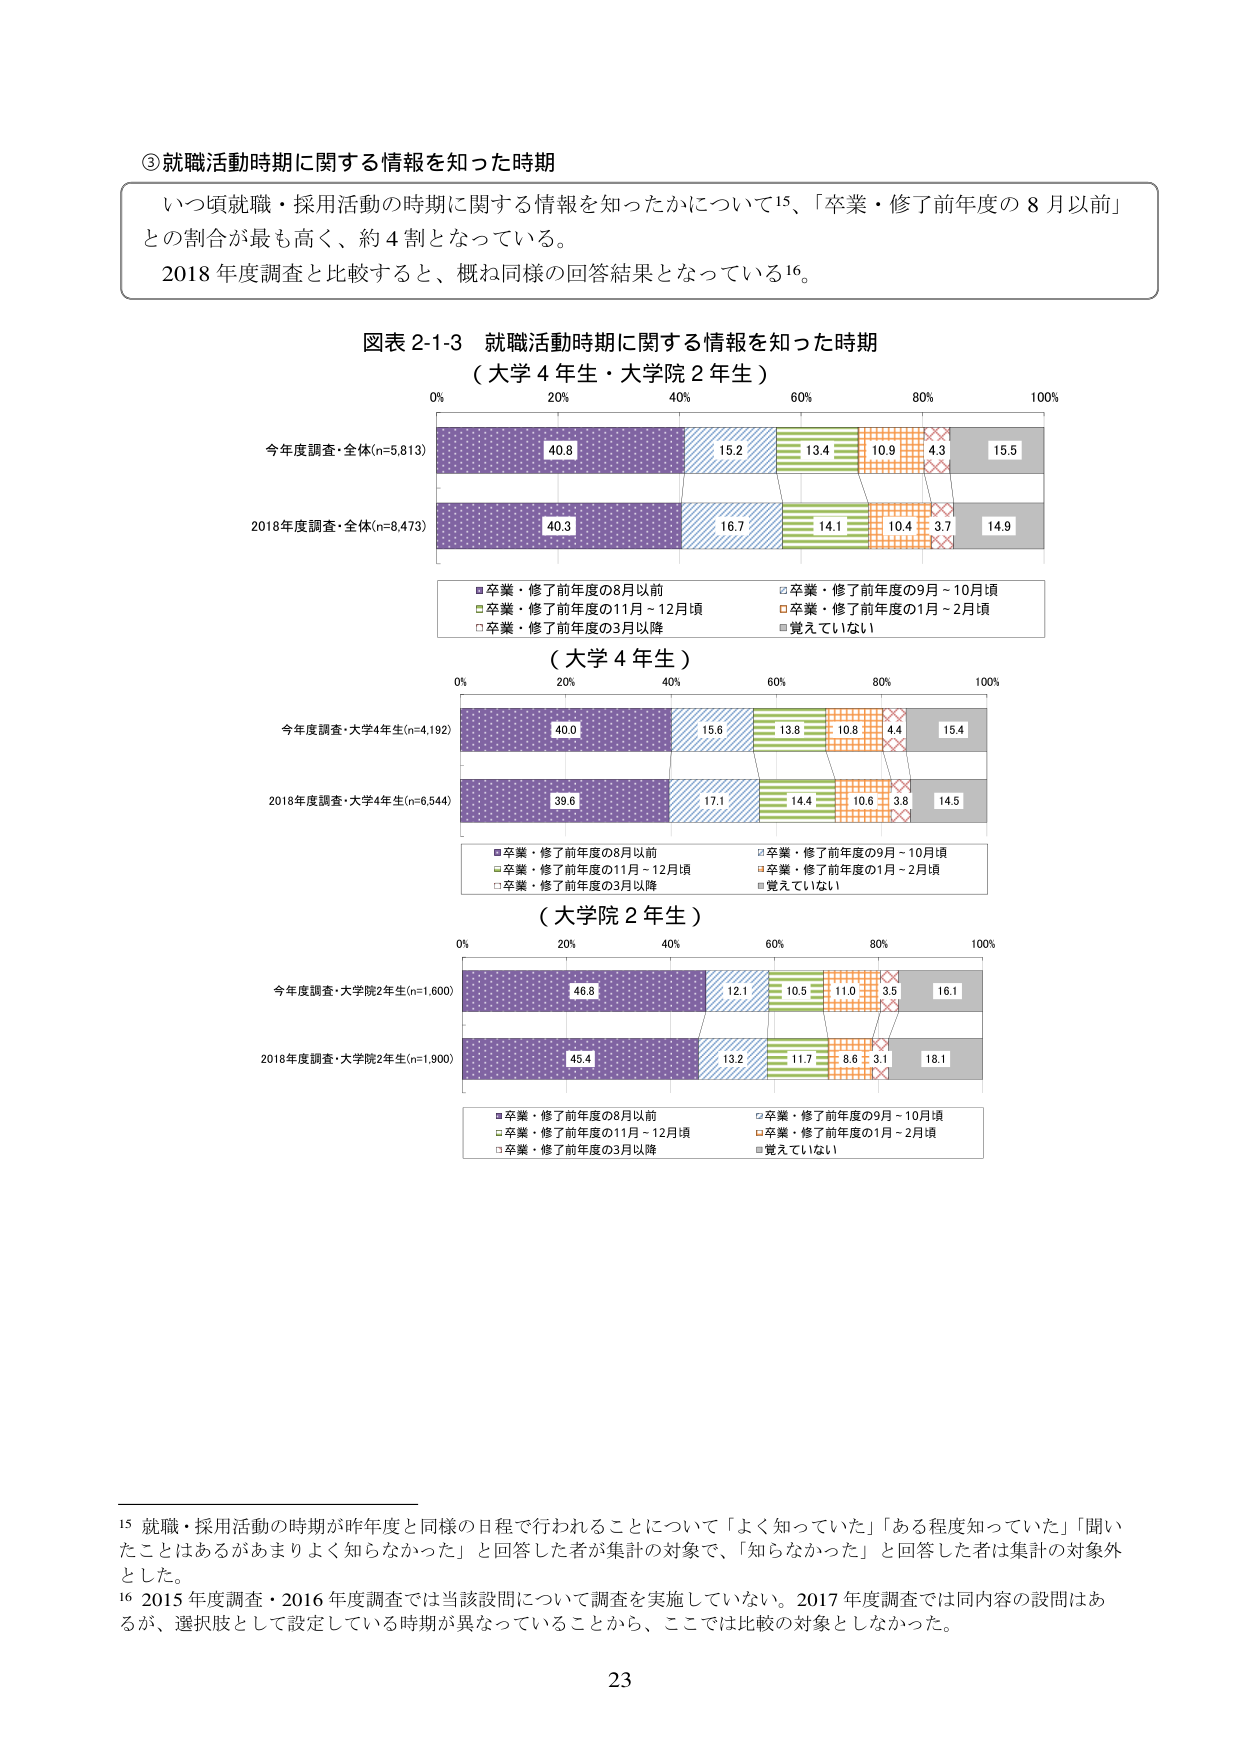
③就職活動時期に関する情報を知った時期

いつ頃就職・採用活動の時期に関する情報を知ったかについて¹⁵、「卒業・修了前年度の８月以前」との割合が最も高く、約４割となっている。
2018年度調査と比較すると、概ね同様の回答結果となっている¹⁶。

図表2-1-3 就職活動時期に関する情報を知った時期
（大学4年生・大学院2年生）

0% 20% 40% 60% 80% 100%
今年度調査・全体(n=5,813)
40.8 15.2 13.4 10.9 4.3 15.5
2018年度調査・全体(n=8,473)
40.3 16.7 14.1 10.4 3.7 14.9

■卒業・修了前年度の8月以前
□卒業・修了前年度の9月～10月頃
□卒業・修了前年度の11月～12月頃
□卒業・修了前年度の1月～2月頃
□卒業・修了前年度の3月以降
■覚えていない

（大学4年生）

0% 20% 40% 60% 80% 100%
今年度調査・大学4年生(n=4,192)
40.0 15.6 13.8 10.8 4.4 15.4
2018年度調査・大学4年生(n=6,544)
39.6 17.1 14.4 10.6 3.8 14.5

■卒業・修了前年度の8月以前
□卒業・修了前年度の9月～10月頃
□卒業・修了前年度の11月～12月頃
□卒業・修了前年度の1月～2月頃
□卒業・修了前年度の3月以降
■覚えていない

（大学院2年生）

0% 20% 40% 60% 80% 100%
今年度調査・大学院2年生(n=1,600)
46.8 12.1 10.5 11.0 3.5 16.1
2018年度調査・大学院2年生(n=1,900)
45.4 13.2 11.7 8.6 3.1 18.1

■卒業・修了前年度の8月以前
□卒業・修了前年度の9月～10月頃
□卒業・修了前年度の11月～12月頃
□卒業・修了前年度の1月～2月頃
□卒業・修了前年度の3月以降
■覚えていない

¹⁵ 就職・採用活動の時期が昨年度と同様の日程で行われることについて「よく知っていた」「ある程度知っていた」「聞いたことはあるがあまりよく知らなかった」と回答した者が集計の対象で、「知らなかった」と回答した者は集計の対象外とした。
¹⁶ 2015年度調査・2016年度調査では当該設問について調査を実施していない。2017年度調査では同内容の設問はあるが、選択肢として設定している時期が異なっていることから、ここでは比較の対象としなかった。

23